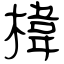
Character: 椲